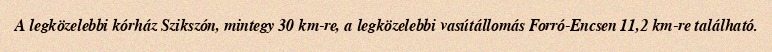
A legközelebbi kórház Szikszón, mintegy 30 km-re, a legközelebbi vasútállomás Forró-Encsen 11,2 km-re található.